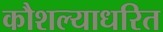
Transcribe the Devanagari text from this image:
कौशल्याधरित